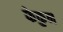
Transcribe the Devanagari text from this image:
फेकुन